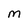
Character: m